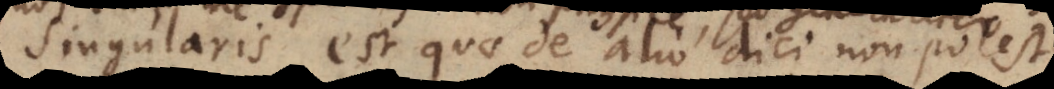
Singularis est quae de alio dici non potest.